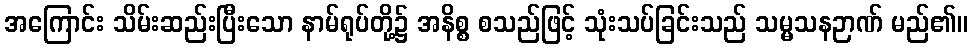
အကြောင်း သိမ်းဆည်းပြီးသော နာမ်ရုပ်တို့၌ အနိစ္စ စသည်ဖြင့် သုံးသပ်ခြင်းသည် သမ္မသနဉာဏ် မည်၏။